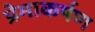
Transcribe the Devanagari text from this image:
प्रेमाकर्षण